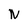
Character: N